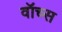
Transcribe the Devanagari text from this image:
वॉच्स